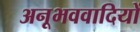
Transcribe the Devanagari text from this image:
अनूभववादियों